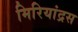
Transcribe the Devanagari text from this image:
मिरियांद्रस